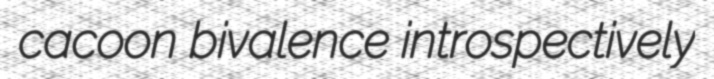
cacoon bivalence introspectively